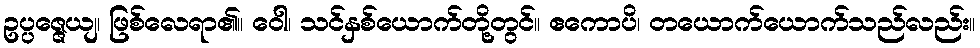
ဥပ္ပဇ္ဇေယျ၊ ဖြစ်လေရာ၏။ ဝေါ၊ သင်နှစ်ယောက်တို့တွင်။ ဧကောပိ၊ တယောက်ယောက်သည်လည်း။